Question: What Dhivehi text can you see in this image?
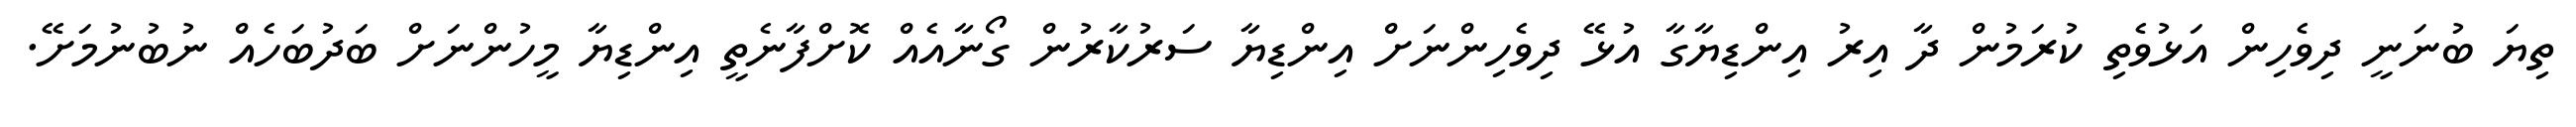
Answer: ތިޔަ ބުނަނީ ދިވެހިން އަޅުވެތި ކުރަމުން ދާ އިރު އިންޑިޔާގާ އުޅޭ ދިވެހިންނަށް އިންޑިޔާ ސަރުކާރުން ގޯނާއެއް ކޮށްފާނެތީ އިންޑިޔާ މީހުންނަށް ބަދުބަހެއް ނުބުނުމަށޭ.